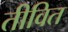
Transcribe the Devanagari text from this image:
तीवित